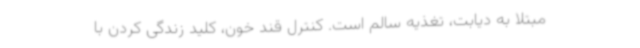
مبتلا به دیابت، تغذیه سالم است. کنترل قند خون، کلید زندگی کردن با